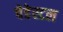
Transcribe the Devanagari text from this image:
पेडेस्टल